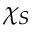
\chi _ { S }